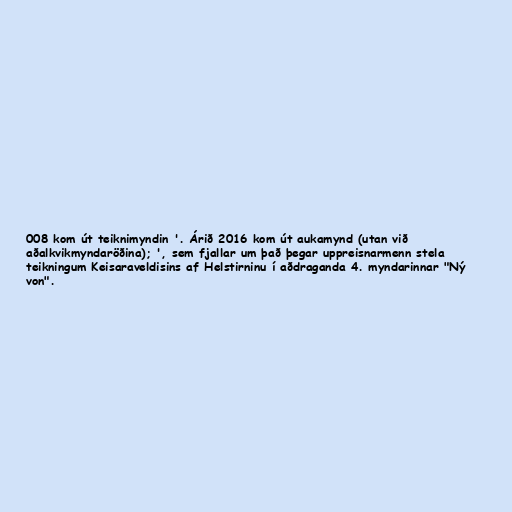
008 kom út teiknimyndin '. Árið 2016 kom út aukamynd (utan við
aðalkvikmyndaröðina); ', sem fjallar um það þegar uppreisnarmenn stela
teikningum Keisaraveldisins af Helstirninu í aðdraganda 4. myndarinnar "Ný
von".